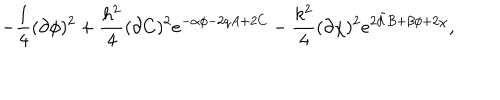
- \frac { 1 } { 4 } ( \partial \phi ) ^ { 2 } + \frac { h ^ { 2 } } { 4 } ( \partial C ) ^ { 2 } e ^ { - \alpha \phi - 2 q A + 2 C } - \frac { k ^ { 2 } } { 4 } ( \partial \chi ) ^ { 2 } e ^ { 2 { \tilde { d } } B + \beta \phi + 2 \chi } ,